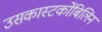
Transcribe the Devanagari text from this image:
उसकास्‍टर्कोबिलिन